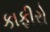
કાફીરો